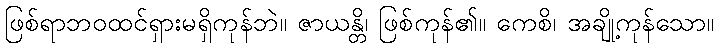
ဖြစ်ရာဘဝထင်ရှားမရှိကုန်ဘဲ။ ဇာယန္တိ၊ ဖြစ်ကုန်၏။ ကေစိ၊ အချို့ကုန်သော။